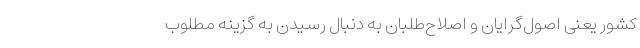
کشور یعنی اصول‌گرایان و اصلاح‌طلبان به دنبال رسیدن به گزینه مطلوب